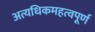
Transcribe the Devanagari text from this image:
अत्यधिकमहत्वपूर्ण